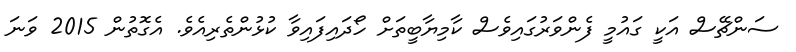
ސަންޗޭސް އަކީ ގައުމީ ފެންވަރުގައިވެސް ކާމިޔާބީތަށް ހޯދައިފައިވާ ކުޅުންތެރިއެވެ. އެގޮތުން 2015 ވަނަ